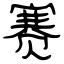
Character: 赛